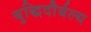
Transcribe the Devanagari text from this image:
बुद्धिदौर्बल्य